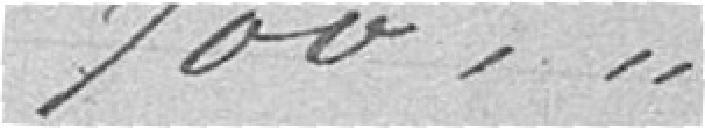
700 ---